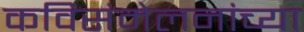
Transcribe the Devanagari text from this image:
कविसंमेलनांच्या